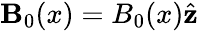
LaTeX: \mathbf{B}_{0}(x)=B_{0}(x)\hat{\mathbf{z}}